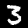
Digit: 3